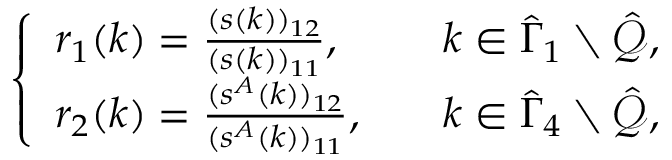
\begin{array} { r } { \left\{ \begin{array} { l l } { r _ { 1 } ( k ) = \frac { ( s ( k ) ) _ { 1 2 } } { ( s ( k ) ) _ { 1 1 } } , } & { k \in \hat { \Gamma } _ { 1 } \setminus \hat { \mathcal { Q } } , } \\ { r _ { 2 } ( k ) = \frac { ( s ^ { A } ( k ) ) _ { 1 2 } } { ( s ^ { A } ( k ) ) _ { 1 1 } } , \quad } & { k \in \hat { \Gamma } _ { 4 } \setminus \hat { \mathcal { Q } } , } \end{array} \right. } \end{array}